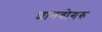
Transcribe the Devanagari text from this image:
शानबोगरु